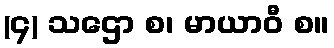
(၄) သဌော စ၊ မာယာဝီ စ။